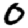
Digit: 0